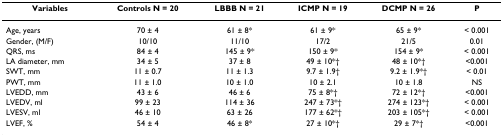
| Variables | Controls N = 20 | LBBB N = 21 | ICMP N = 19 | DCMP N = 26 | P |
 | --- | --- | --- | --- | --- | --- |
 | Age, years | 70 ± 4 | 61 ± 8* | 61 ± 9* | 65 ± 9* | < 0.001 |
 | Gender, (M/F) | 10/10 | 11/10 | 17/2 | 21/5 | 0.01 |
 | QRS, ms | 84 ± 4 | 145 ± 9* | 150 ± 9* | 154 ± 9* | < 0.001 |
 | LA diameter, mm | 34 ± 5 | 37 ± 8 | 49 ± 10*† | 48 ± 10*† | <0.001 |
 | SWT, mm | 11 ± 0.7 | 11 ± 1.3 | 9.7 ± 1.9† | 9.2 ± 1.9*† | < 0.01 |
 | PWT, mm | 11 ± 1.0 | 10 ± 1.0 | 10 ± 2.1 | 10 ± 1.8 | NS |
 | LVEDD, mm | 43 ± 6 | 46 ± 6 | 75 ± 8*† | 72 ± 12*† | <0.001 |
 | LVEDV, ml | 99 ± 23 | 114 ± 36 | 247 ± 73*† | 274 ± 123*† | < 0.001 |
 | LVESV, ml | 46 ± 10 | 63 ± 26 | 177 ± 62*† | 203 ± 105*† | < 0.001 |
 | LVEF, % | 54 ± 4 | 46 ± 8* | 27 ± 10*† | 29 ± 7*† | <0.001 |